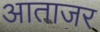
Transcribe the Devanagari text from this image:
आताजर